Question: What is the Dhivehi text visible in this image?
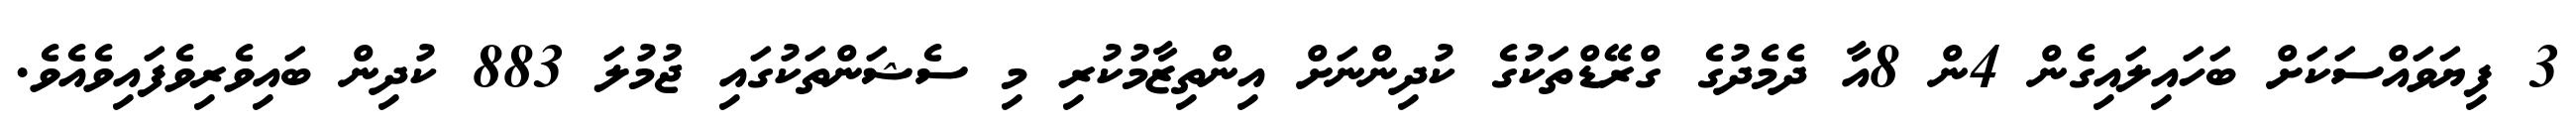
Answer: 3 ފިޔަވައްސަކަށް ބަހައިލައިގެން 4ން 8އާ ދެމެދުގެ ގްރޭޑްތަކުގެ ކުދިންނަށް އިންތިޒާމުކުރި މި ސެޝަންތަކުގައި ޖުމުލަ 883 ކުދިން ބައިވެރިވެފައިވެއެވެ.